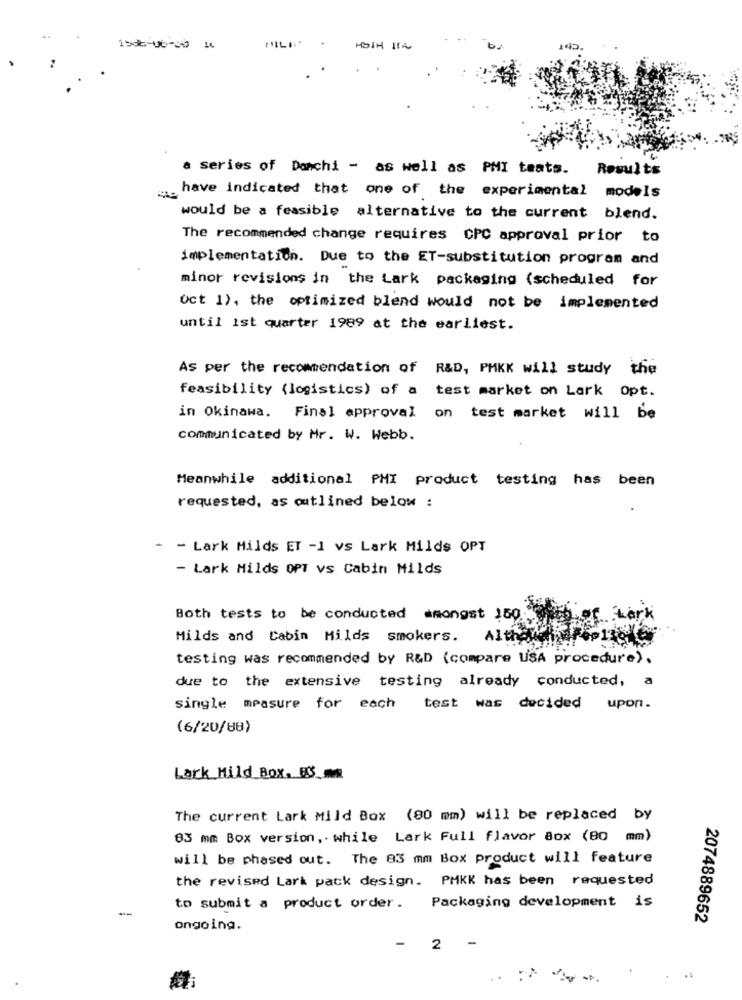
1508-06-50 16
HSIH IEL
a series of Donchi - as well as PMI teats.
Results
have indicated that one of the experimental models
would be a feasible alternative to the current blend.
The recommended change requires CPC approval prior to
implementation. Due to the ET-substitution program and
minor revisions in the Lark packaging (scheduled for
Oct 1), the optimized blend would not be implemented
until Ist quarter 1989 at the earliest.
As per the recommendation of R&D, PMKK will study the
feasibility (logistics) of a test market on Lark opt.
in Okinawa. Final approval on test market will be
communicated by Mr. W. Webb.
Meanwhile additional PHI product testing has been
requested, as outlined below :
- - Lark Milds ET -1 vs Lark Milds OPT
- Lark Milds OPT vs Cabin Milds
Both tests to be conducted amongst 150
Milds and Cabin Milds smokers.
Alth
testing was recommended by R&D (compare USA procedure).
due to the extensive testing already conducted, a
single measure for each
test was decided
upon .
(6/20/88)
Lark Mild Box. 85 -
The current Lark Mild Box (80 mm) will be replaced by
83 mm Box version, . while Lark Full flavor 8ox (80 mm)
will be phased out. The 83 mm Box product will feature
the revised Lark pack design. PMKK has been requested
-
to submit a product order. Packaging development is
2074889652
ongoing.
-
2